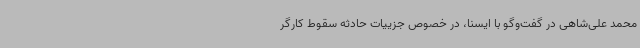
محمد علی‌شاهی در گفت‌وگو با ایسنا، در خصوص جزییات حادثه سقوط کارگر